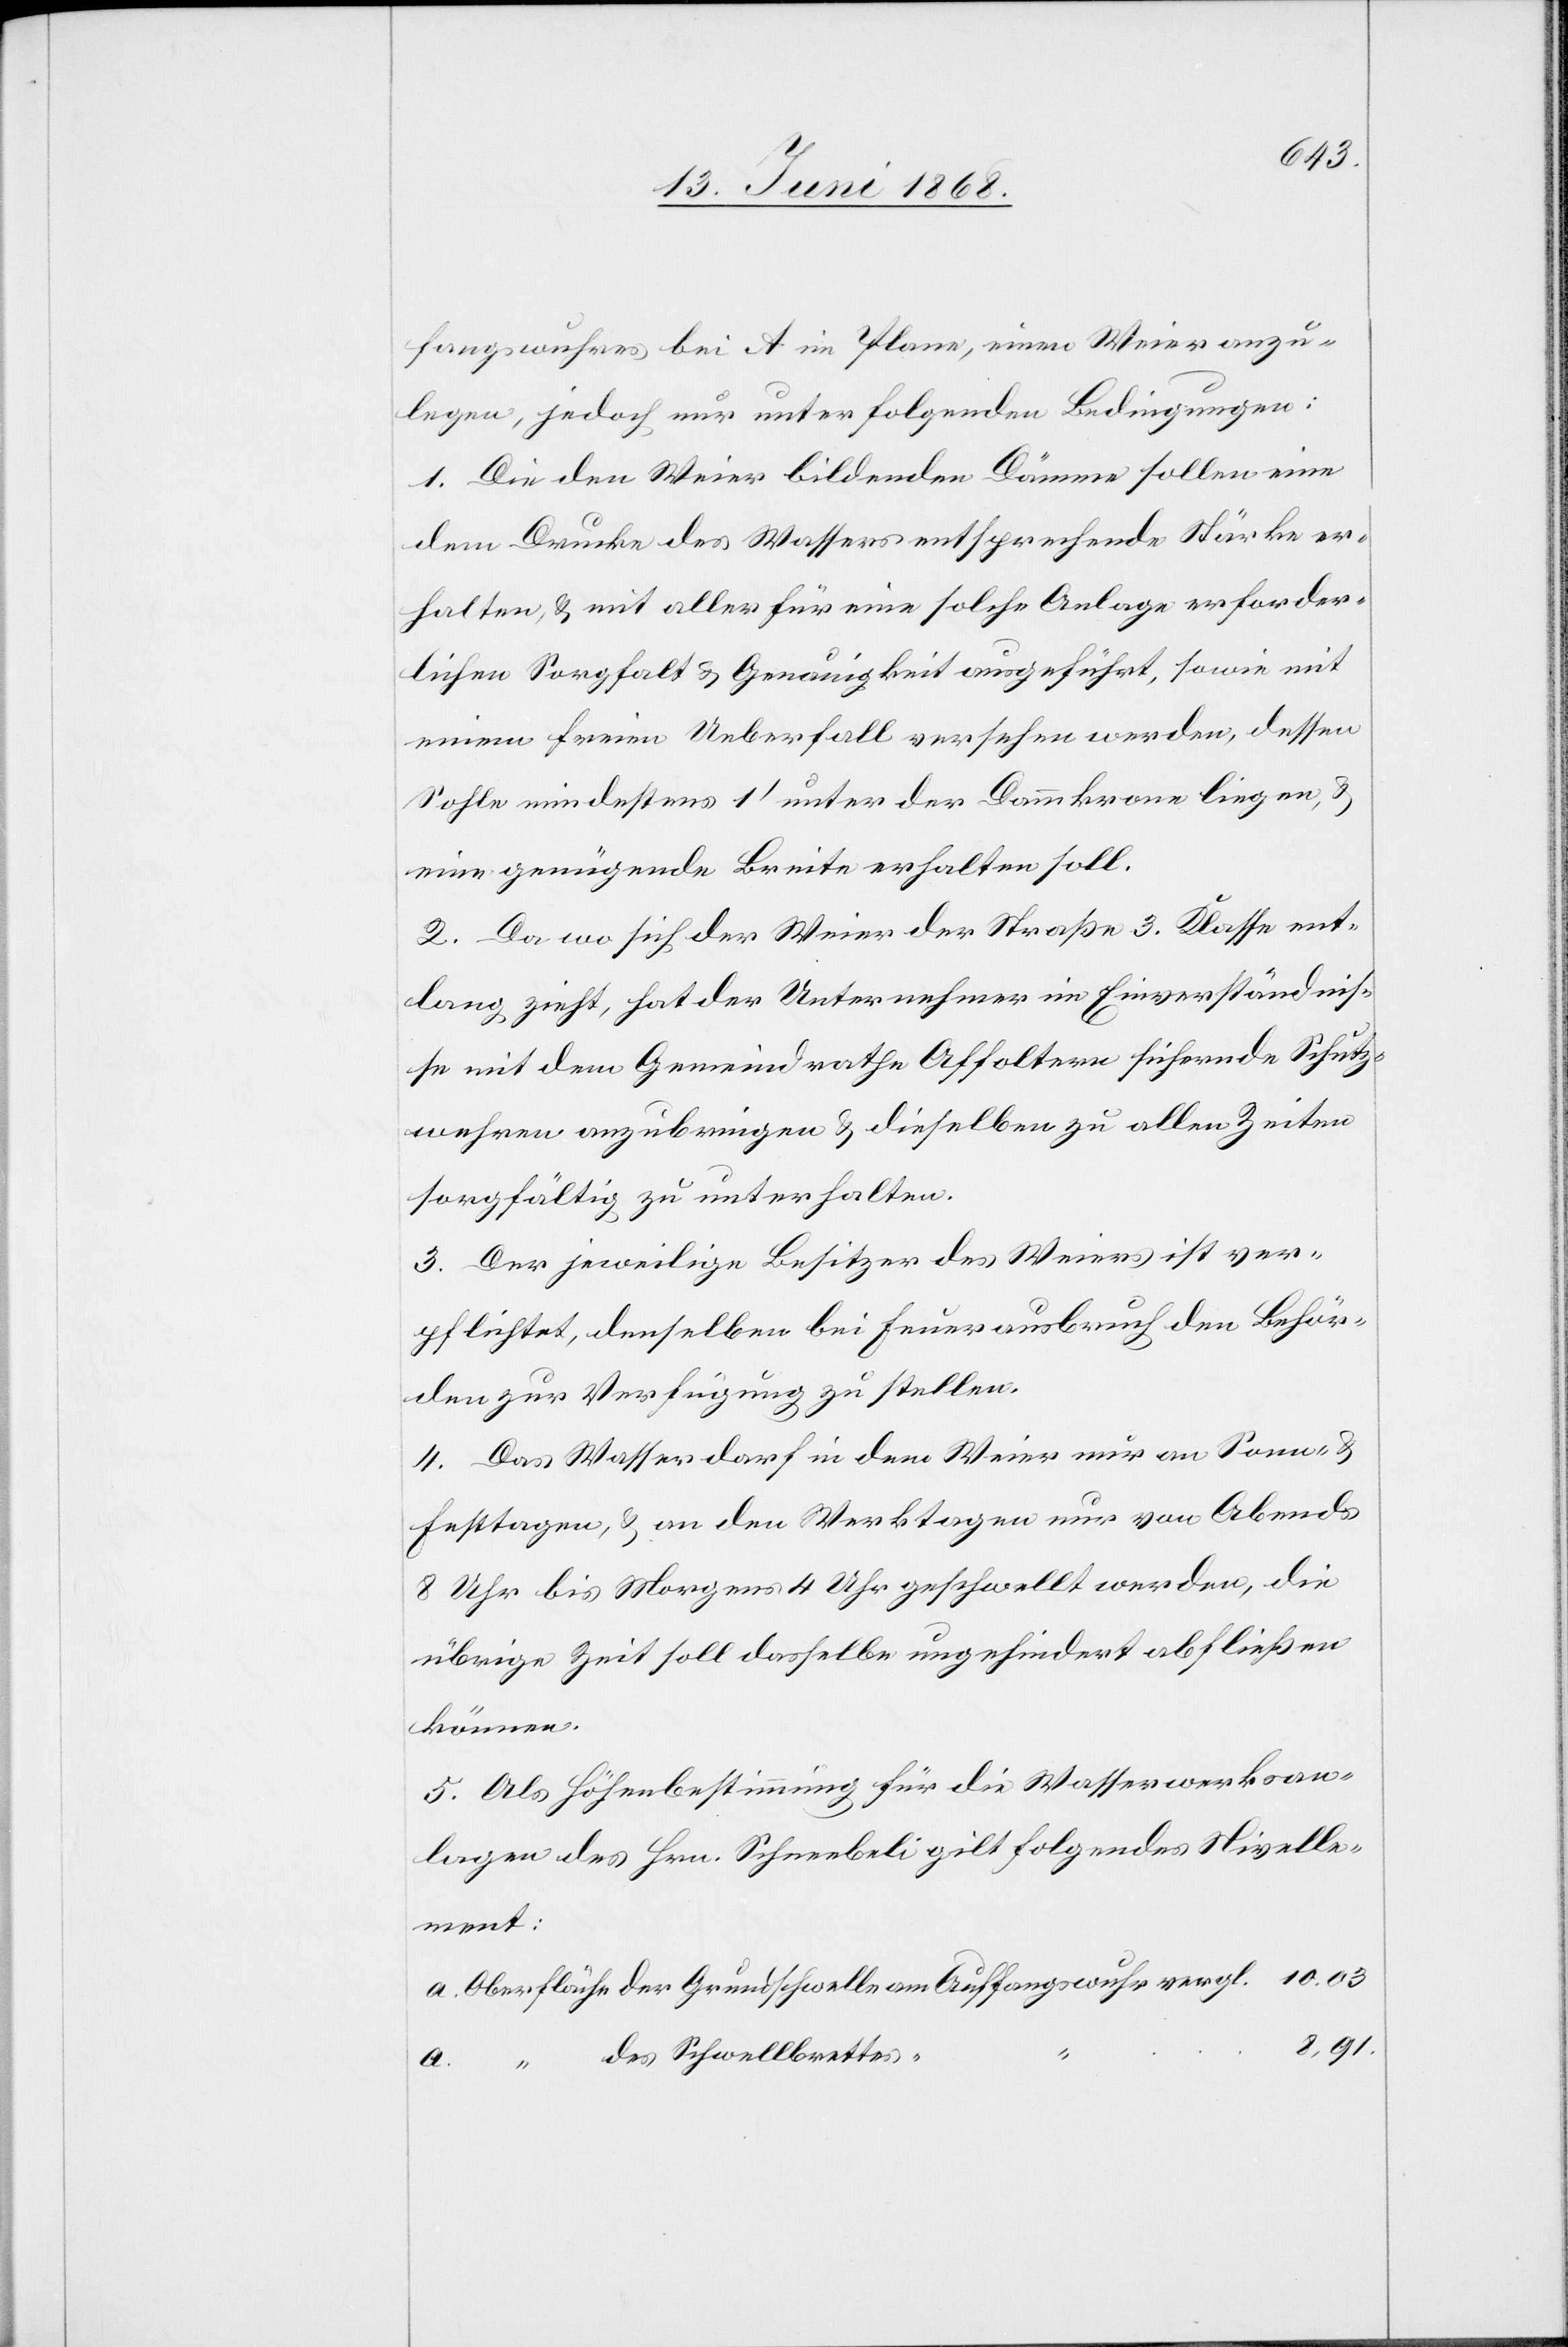
10.03
fangswuhres bei A im Plane, einen Weier anzu¬
legen, jedoch nur unter folgenden Bedingungen:
1. Die den Weier bildenden Dämme sollen eine
dem Drucke des Wassers entsprechende Stärke er¬
halten, & mit aller für eine solche Anlage erforder¬
lichen Sorgfalt & Genauigkeit ausgeführt, sowie mit
einem freien Ueberfall versehen werden, dessen
Sohle mindestens 1‘ unter der Dammkrone liegen, &
eine genügende Breite erhalten soll.
2. Da wo sich der Weier der Straße 3. Klasse ent¬
lang zieht, hat der Unternehmer im Einverständnis¬
se mit dem Gemeindrathe Affoltern sichernde Schutz¬
wehren anzubringen & dieselben zu allen Zeiten
sorgfältig zu unterhalten.
3. Der jeweilige Besitzer des Weiers ist ver¬
pflichtet, denselben bei Feuerausbruch den Behör¬
den zur Verfügung zu stellen.
4. Das Wasser darf in dem Weier nur an Sonn- &
Festtagen, & an den Werktagen nur von Abends
8 Uhr bis Morgens 4 Uhr geschwellt werden, die
übrige Zeit soll dasselbe ungehindert abfließen
können.
5. Als Höhenbestimmung für die Wasserwerksan¬
lagen des Hrn. Schneebeli gilt folgendes Nivelle¬
ment:
Oberfläche der Grundschwelle am Auffangswuhr vergl.
“ des Schwellbrettes “